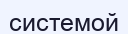
системой